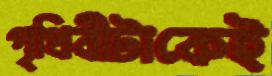
পৃথিবীটাকেই